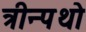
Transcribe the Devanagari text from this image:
त्रीन्पथो